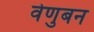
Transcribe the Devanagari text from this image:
वेणुबन